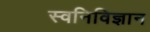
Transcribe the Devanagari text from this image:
स्वनिविज्ञान